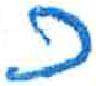
אות: כ